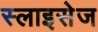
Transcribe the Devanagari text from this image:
स्लाइसेज